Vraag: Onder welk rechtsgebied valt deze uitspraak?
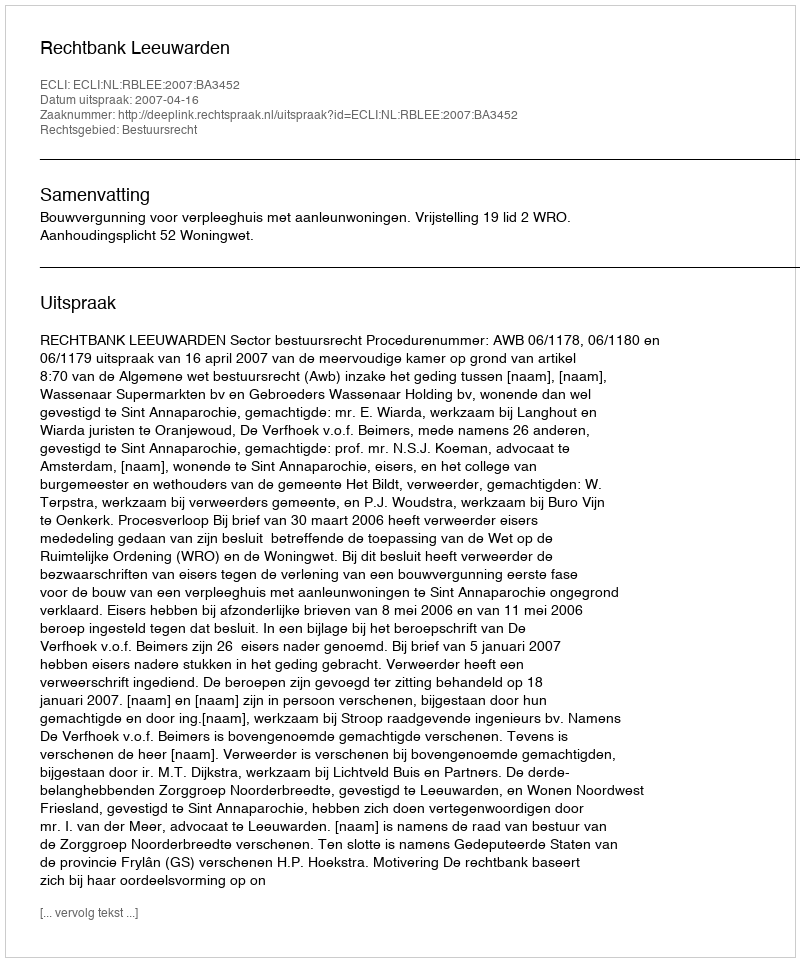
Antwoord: Bestuursrecht